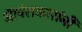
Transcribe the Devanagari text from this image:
ऑपेराकारांनी